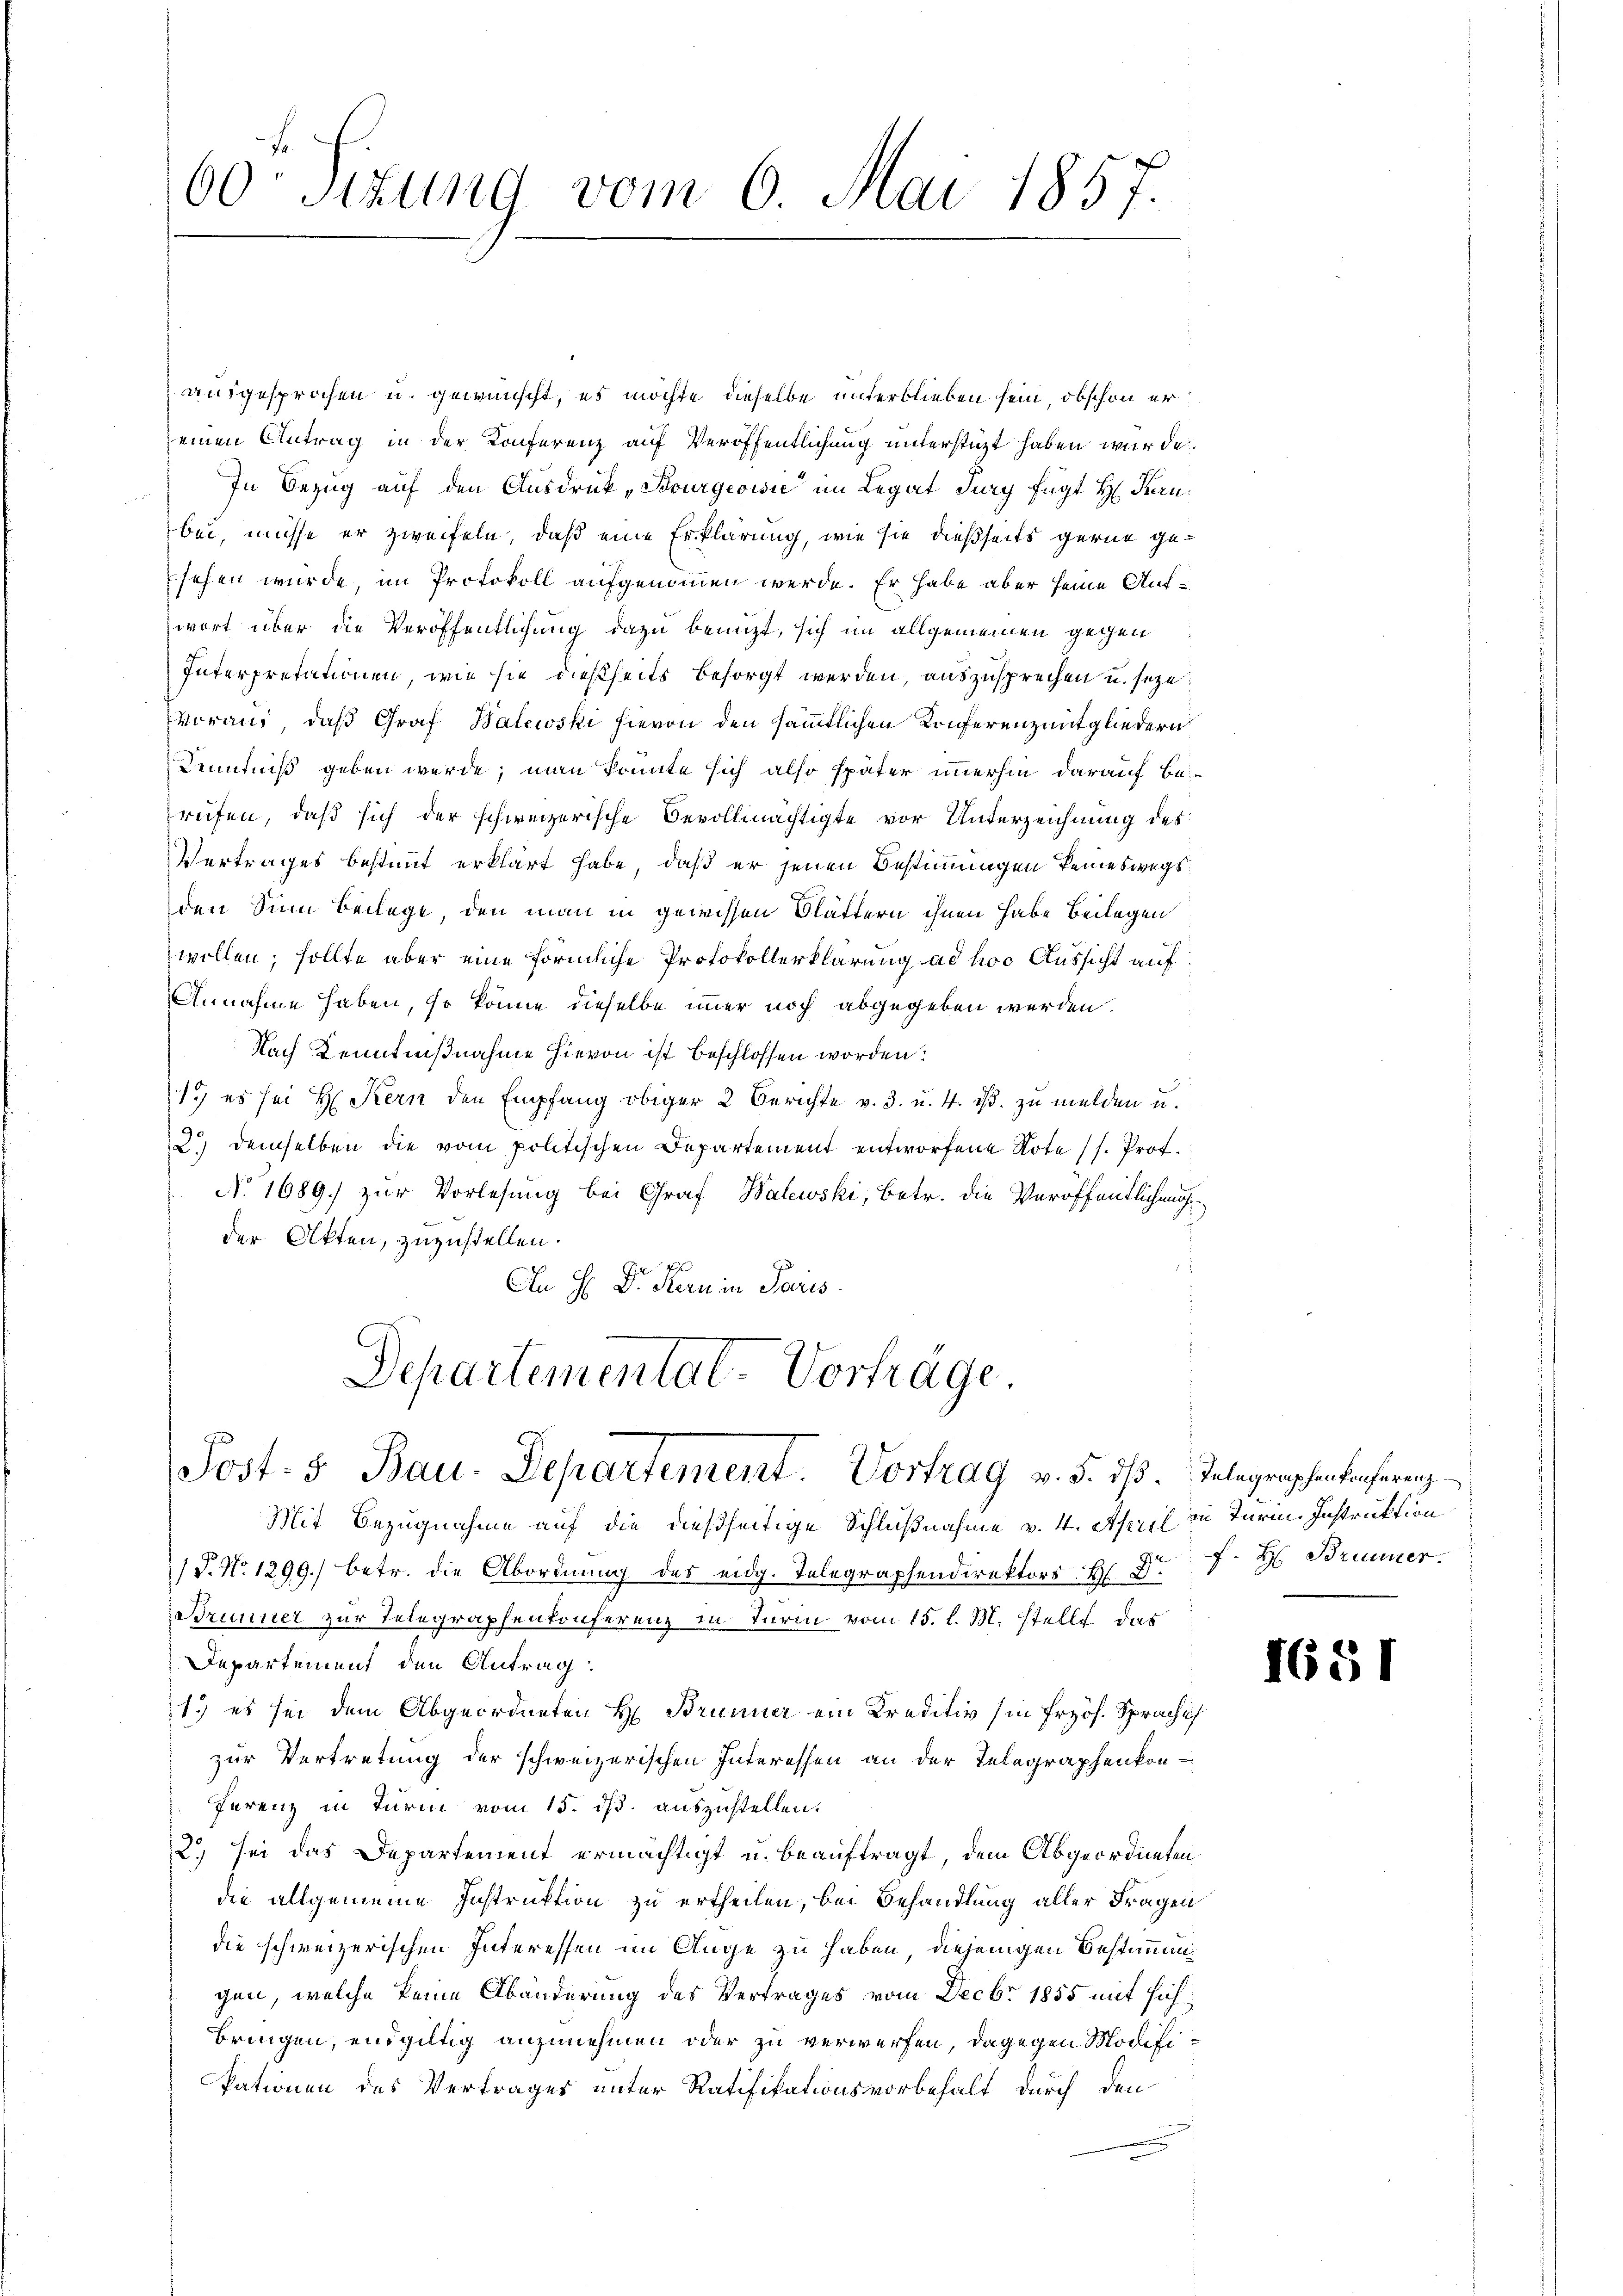
60t Sizung vom 6. Mai 1857.

Departementat-Vortrage
Post- & Bau-Departement. Vortrag v. 5. dβ. Telegraphenkonferenz

ausgesprochen u. gewünscht, es möchte dieselbe unterblieben sein, obschon er
einen Antrag in der Konferenz auf Veröffentlichung unterstüzt haben würde.
In Bezug auf den Ausdruck „Bourgeoisie im Legat Jury fügt Hr. Kernbei, müsse er zweifeln, daß eine Erklärung, wie sie dießseits gerne gesehen würde, im Protokoll aufgenommen werde. Er habe aber seine Aufwort über die Veröffentlichung dazu benuzt, sich im allgemeinen gegen
Interpretationen, wie sie dießseits besorgt werden, auszusprechen u. seze
voraus, daß Graf Walewski hievon den sämmtlichen Konferenzeitgliedern
Kenntniß geben werde; man konnte sich also später immerhin darauf Berufen, daß sich der schweizerische Bevollmächtigte vor Unterzeichnung des
Vertrages bestimmt erklärt habe, daß er jenen Bestimmungen keineswegs
den Sinn beilage, den man in gewissen Blättern ihnen habe Beilagen
wollen; sollte aber eine förmliche Protokollerklärung ad hoc Aussicht auf
Annahme haben, so könne dieselbe immer noch abgegeben werden.
Nach Kenntnißnahme hievon ist beschlossen worden.
1.) es sei H. Kern den Empfang obiger 2 Berichte v. 3. u. 4. ist. zu melden u.
2) demselben die vom politischen Departement entworfene Note (s. Prof.
No 1689) zur Vorlesung bei Graf Walewski, Betr. die Veröffentlichung
der Akten, zuzustellen.
An H. Dr. Kern in Paris.

F. H: Brunner.

Mit Bezugnahme auf die dießseitige Schlußnahme v. 4. April in Turm. Instruktion
 P. Nr. 1299) betr. die Abordnung des eidg. Telegraphendirektors H. Dr.
Brunner zur Telegraphenkonferenz in Turin vom 15. l. M. stellt das
Departement den Antrag:
1.) es sei dem Abgeordneten H. Brunner ein Kreditiv (in Frzös. Spraches
zur Vertretung der schweizerischen Interessen an der Telegraphenkon-
Ferenz in Turm vom 15. ds. auszustellen.
2) sei das Departement ermächtigt u. beauftragt, dem Abgeordneten
die allgemeine Instruktion zu ertheilen, bei Behandlung aller Fragen
die schweizerischen Interessen im Auge zu haben, diejenigen Bestimmung
gen, welche keine Abänderung des Vertrages vom Decbr 1855 mit sich
bringen, endgültig anzunehmen oder zu verwerfen, dagegen Modifikationen des Vertrages unter Ratifikationsvorbehalt durch den

1651